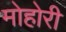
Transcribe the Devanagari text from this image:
मोहोरी